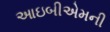
આઇબીએમની